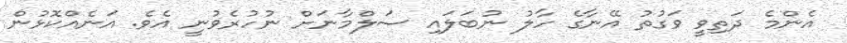
އެންމެ ދަތިވީ ވަގުތު އޭނާގެ ހާލު ނުބަލައި ސަލްމާނަށް ނުހުރެވުނީ އެވެ. އަނެއްކޮޅުން